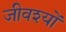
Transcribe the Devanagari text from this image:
जीवश्यों